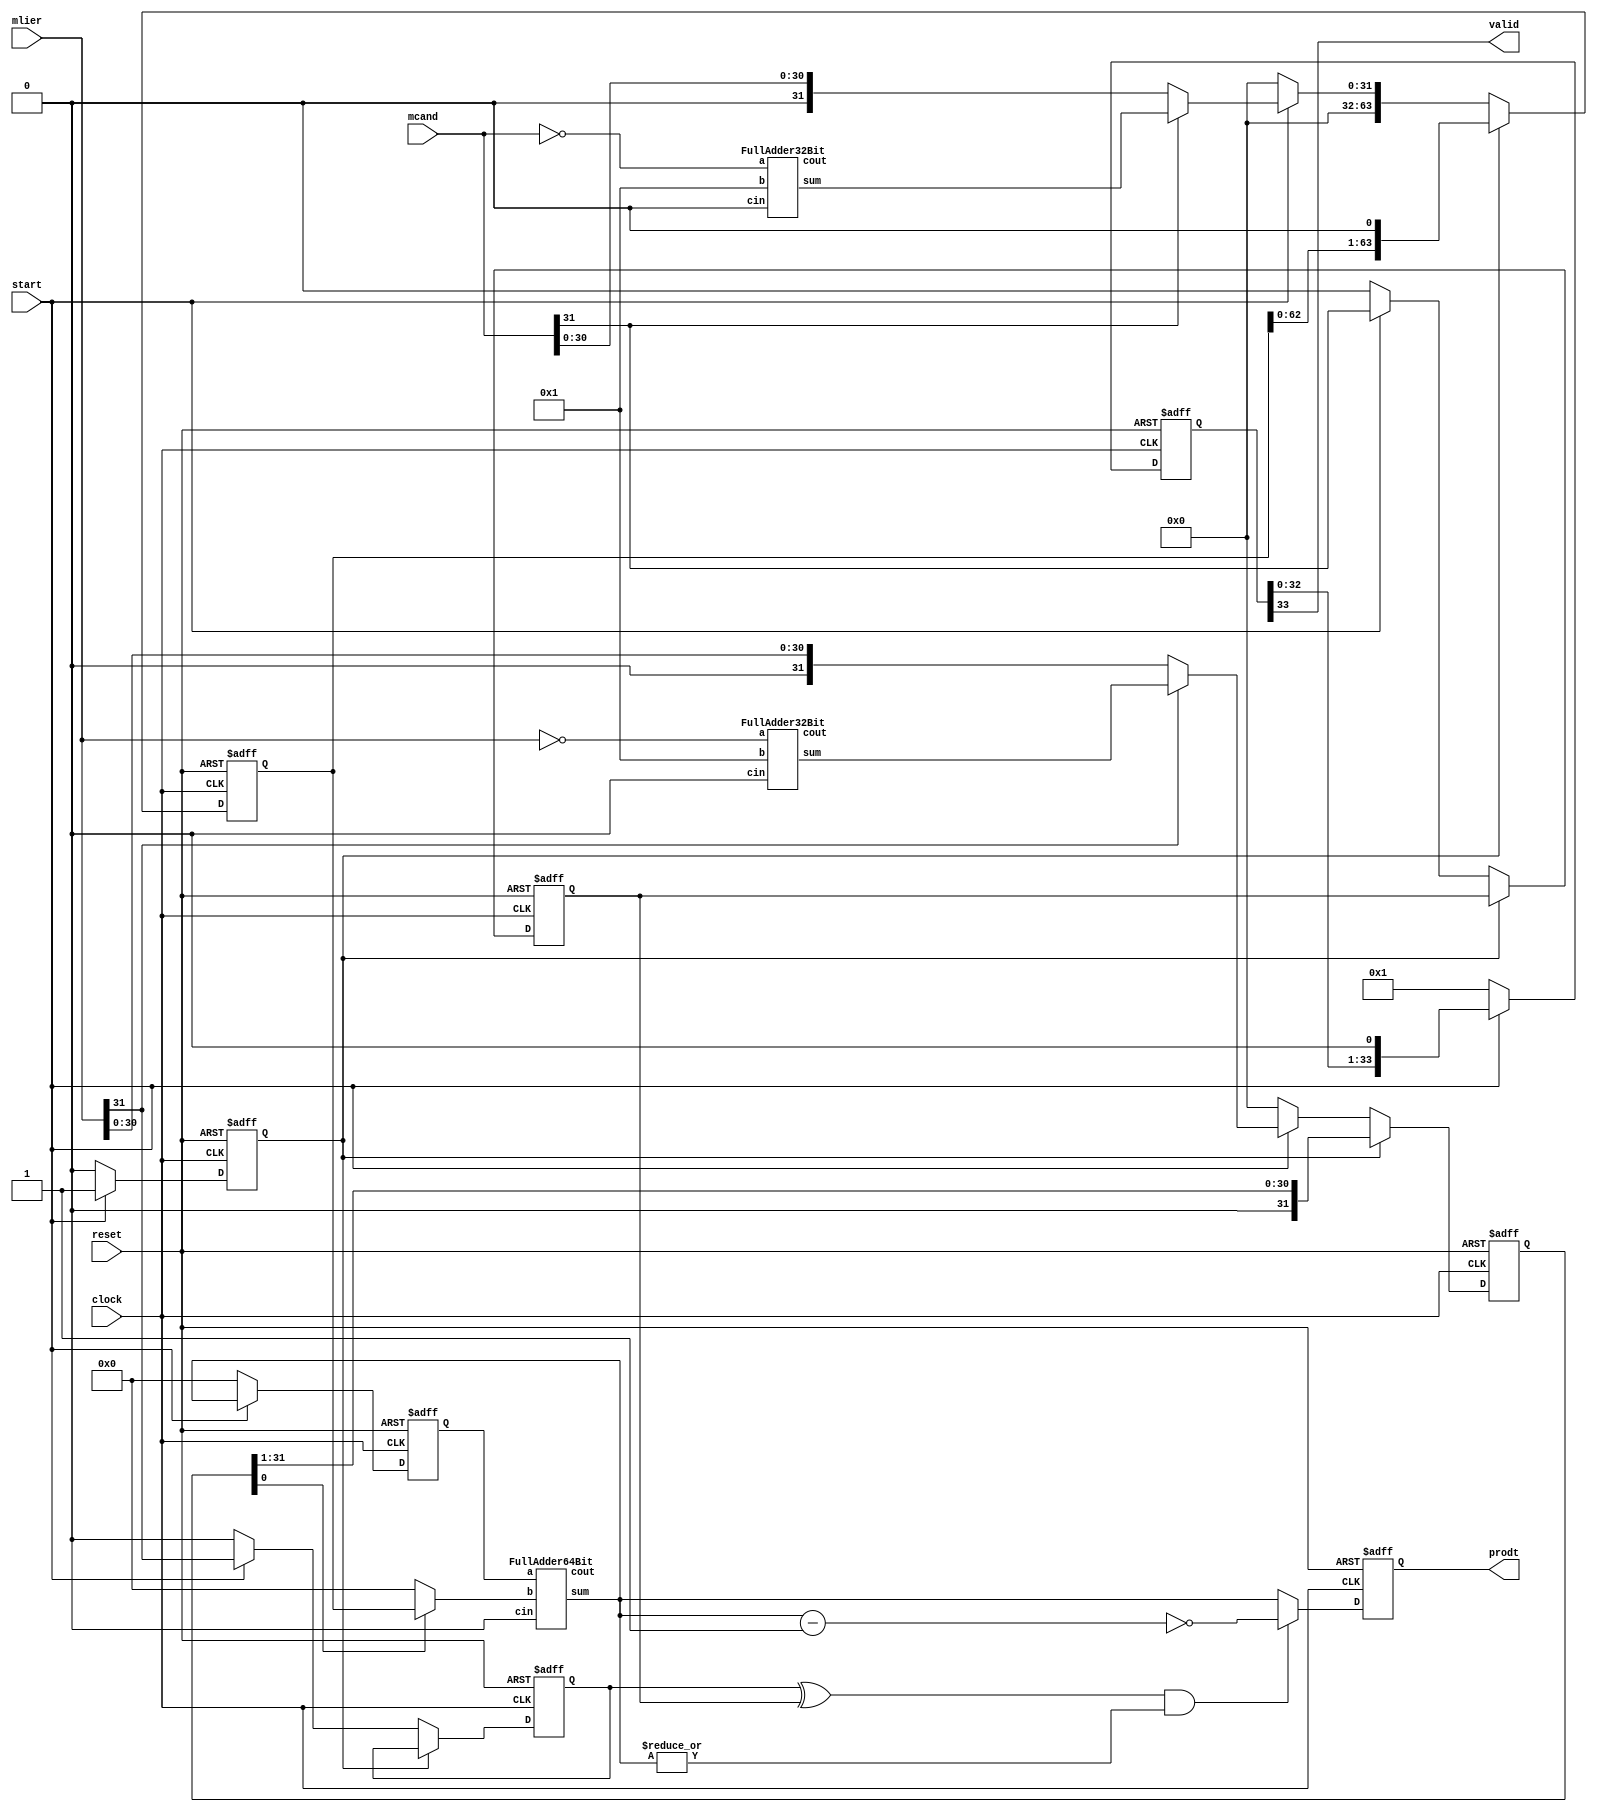
`timescale 1ns/10ps
module multi(clock, reset, mlier, mcand, prodt, start, valid);

	////////////////////////////////////
	//Ports and Register declarations //
	////////////////////////////////////
	
	input 			clock;
	input 			reset;
	input [31:0]	mlier;
	input [31:0] 	mcand;
	input 			start;
	output [63:0] 	prodt;
	output 			valid; 

	reg   [63:0] prodt;
	wire         valid;
	wire  [31:0] reg_mlier, reg_mcand, comp_mlier, comp_mcand;

	reg  [63:0] acc_d;
	reg  [33:0] shift_position;
	wire [63:0] acc;
	reg  [63:0] mcand_sft;
	reg  [31:0] mlier_sft;
	reg         load_vals;
	wire [63:0] true_mcand;
	reg         msb_mlier, msb_mcand;


	/////////////////////////////////////////////////
	// 32 clk cycle to perform shift/add operation //
	/////////////////////////////////////////////////

	// Adders to convert two's complement form of the multiplier to original form
	FullAdder32Bit U2 (comp_mlier, cout1, ~mlier, 32'b1, 1'b0);
	FullAdder32Bit U3 (comp_mcand, cout2, ~mcand, 32'b1, 1'b0);

	// Determine if the mlier or mcand needs conversion from two's complement form
	assign  reg_mlier = (mlier[31])? comp_mlier : mlier;
	assign  reg_mcand = (mcand[31])? comp_mcand : mcand;

	assign true_mcand = mlier_sft[0]? mcand_sft:0;

	FullAdder64Bit U1	(
							.sum	(acc), 
							.cout	(), 
							.a		(acc_d), 
							.b		(true_mcand), 
							.cin	(1'b0)
						);

	always @( posedge clock or posedge reset ) begin
		//Reset Everything
	    if ( reset ) begin
	        mcand_sft 	<= 0;    
	        mlier_sft 	<= 0;    
	        acc_d 		<= 0;
	        msb_mlier 	<= 0; 
	        msb_mcand 	<= 0;   
	        shift_position 	<= 34'b1;    
			load_vals 	<= 0;
	    end else begin
	    //Begin State Machine Multiplication 
	    	if (!load_vals) begin
	        	if (start) begin
			        mcand_sft <= {32'b0, reg_mcand};    
			        mlier_sft <= {1'b1 , reg_mlier};     
					msb_mlier <= mlier[31]; 
					msb_mcand <= mcand[31];
	          	end else begin
		        	mcand_sft <= 0;    
		        	mlier_sft <= 0;     
					msb_mlier <= 0; 
					msb_mcand <= 0;
	          end
			end else begin
				mcand_sft <= {mcand_sft[62:0], 1'b0};
				mlier_sft <= {1'b0, mlier_sft[31:1]};
			end

	    	if (!start) begin
				load_vals <= 0;
			end else begin
				load_vals <= 1;
			end

			if (!start) begin
		       	acc_d			<= 0;    
		        shift_position 	<= 34'b1;    
			end else begin
		       	acc_d 			<= acc;    
		        shift_position 	<= {shift_position[32:0], 1'b0};    
			end
	   	end
	end 

	///////////////////////////////////////////////////////////////
	// 1 clk cycle to perform sign adjustment and produce result //
	///////////////////////////////////////////////////////////////
	
	wire [63: 0] prodt_tmp;
	wire [63: 0] prodt_out;

	//Produce sign adjustment depending on the MSB of the inputs and output
	assign  prodt_tmp = ~(acc - 1'b1);
	assign  prodt_out = ((msb_mlier ^ msb_mcand) && (|acc))? {1'b1,prodt_tmp} : {1'b0, acc};

	//When 33 clock cycles have been completed, the valid signal can be asserted
	assign valid = shift_position[33];

	always @( posedge clock or posedge reset ) begin
	    if ( reset ) begin
	        prodt <= 0;    
	    end else begin 
	       	prodt <= prodt_out;    
	    end
	end 

endmodule

module FullAdder1Bit (sum, cout, a, b, cin);
	input a, b, cin; 
	output sum, cout;
	wire sum_1st, cout_1st;
	
	assign sum_1st = a ^ b;
	assign cout_1st = a & b;
	
	assign sum = sum_1st ^ cin;
	assign cout = (sum_1st & cin) | cout_1st;
endmodule

module FullAdder8Bit (sum, cout, a, b, cin);
	input  [7:0] a, b; 
	input        cin;
	output [7:0] sum;
	output       cout;
	wire cin2,cin3,cin4,cin5,cin6,cin7,cin8;
	
	FullAdder1Bit add1_inst1(sum[0], cin2, a[0], b[0], cin);
	FullAdder1Bit add1_inst2(sum[1], cin3, a[1], b[1], cin2);
	FullAdder1Bit add1_inst3(sum[2], cin4, a[2], b[2], cin3);
	FullAdder1Bit add1_inst4(sum[3], cin5, a[3], b[3], cin4);
	FullAdder1Bit add1_inst5(sum[4], cin6, a[4], b[4], cin5);
	FullAdder1Bit add1_inst6(sum[5], cin7, a[5], b[5], cin6);
	FullAdder1Bit add1_inst7(sum[6], cin8, a[6], b[6], cin7);
	FullAdder1Bit add1_inst8(sum[7], cout, a[7], b[7], cin8);
endmodule

module FullAdder32Bit (sum, cout, a, b, cin);
	input  [31:0] a, b; 
	input         cin;
	output [31:0] sum;
	output        cout;
	wire cin2,cin3,cin4;
	
	FullAdder8Bit add8_inst1(sum[ 7: 0], cin2, a[ 7: 0], b[ 7: 0], cin);
	FullAdder8Bit add8_inst2(sum[15: 8], cin3, a[15: 8], b[15: 8], cin2);
	FullAdder8Bit add8_inst3(sum[23:16], cin4, a[23:16], b[23:16], cin3);
	FullAdder8Bit add8_inst4(sum[31:24], cout, a[31:24], b[31:24], cin4);
endmodule

module FullAdder64Bit (sum, cout, a, b, cin);
	input  [63:0] a, b; 
	input         cin;
	output [63:0] sum;
	output        cout;
	wire cin2;

	FullAdder32Bit add32_inst1(sum[31: 0], cin2, a[31: 0], b[31: 0], cin);
	FullAdder32Bit add32_inst2(sum[63:32], cout, a[63:32], b[63:32], cin2);
endmodule